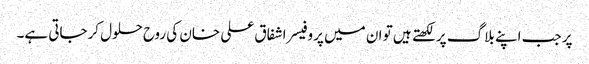
پر جب اپنے بلاگ پر لکھتے ہیں تو ان میں پروفیسر اشفاق علی خان کی روح حلول کرجاتی ہے۔